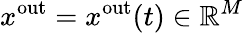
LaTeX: x^{\mathrm{out}}=x^{\mathrm{out}}(t)\in\mathbb{R}^{M}